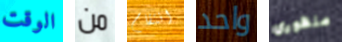
الوقت من انتقام واحد منظوري